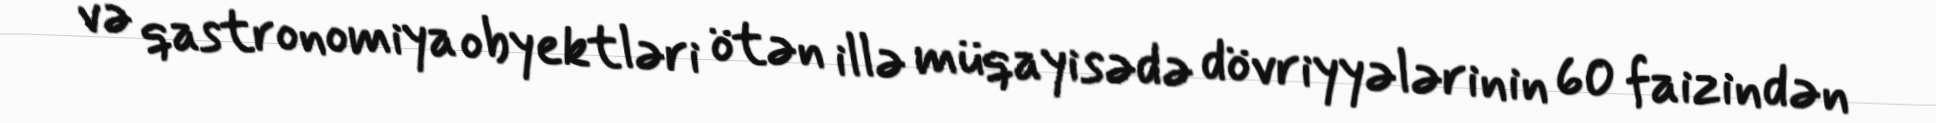
və qastronomiya obyektləri ötən illə müqayisədə dövriyyələrinin 60 faizindən